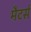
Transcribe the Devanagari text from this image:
मैटर्स